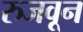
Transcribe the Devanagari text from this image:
रुजवून